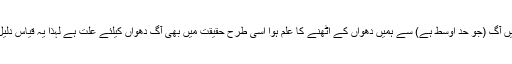
اس مثال میں آگ (جو حد اوسط ہے) سے ہمیں دھواں کے اٹھنے کا علم ہوا اسی طرح حقیقت میں بھی آگ دھواں کیلئے علت ہے لہذا یہ قیاس دلیل ِ لمی ہے۔